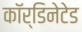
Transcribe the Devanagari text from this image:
कॉर्डिनेटेड